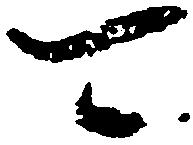
可